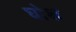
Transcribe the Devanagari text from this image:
घोश